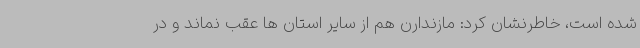
شده است، خاطرنشان کرد: مازندارن هم از سایر استان ها عقب نماند و در